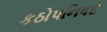
કઠોપનિષદ